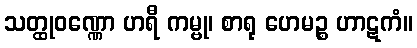
သတ္ထုဝဏ္ဏော ဟရီ ကမ္ဗု၊ စာရု ဟေမဉ္စ ဟာဋကံ။